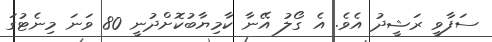
ސަފާވީ ރަޝީދު އެވެ. އެ ގޯލު އޭނާ ކާމިޔާބުކޮށްދުނީ 80 ވަނަ މިނެޓުގަ